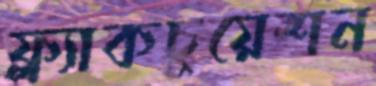
ফ্ল্যাকচুয়েশন